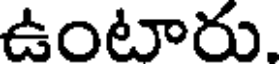
ఉంటారు.